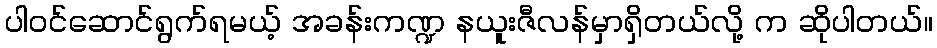
ပါဝင်ဆောင်ရွက်ရမယ့် အခန်းကဏ္ဍ နယူးဇီလန်မှာရှိတယ်လို့ က ဆိုပါတယ်။